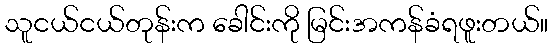
သူငယ်ငယ်တုန်းက ခေါင်းကို မြင်းအကန်ခံရဖူးတယ်။